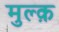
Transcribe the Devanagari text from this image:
मुल्क़